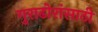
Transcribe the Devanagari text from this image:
गुराढोरांसाठी